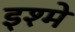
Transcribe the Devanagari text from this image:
इश्मे